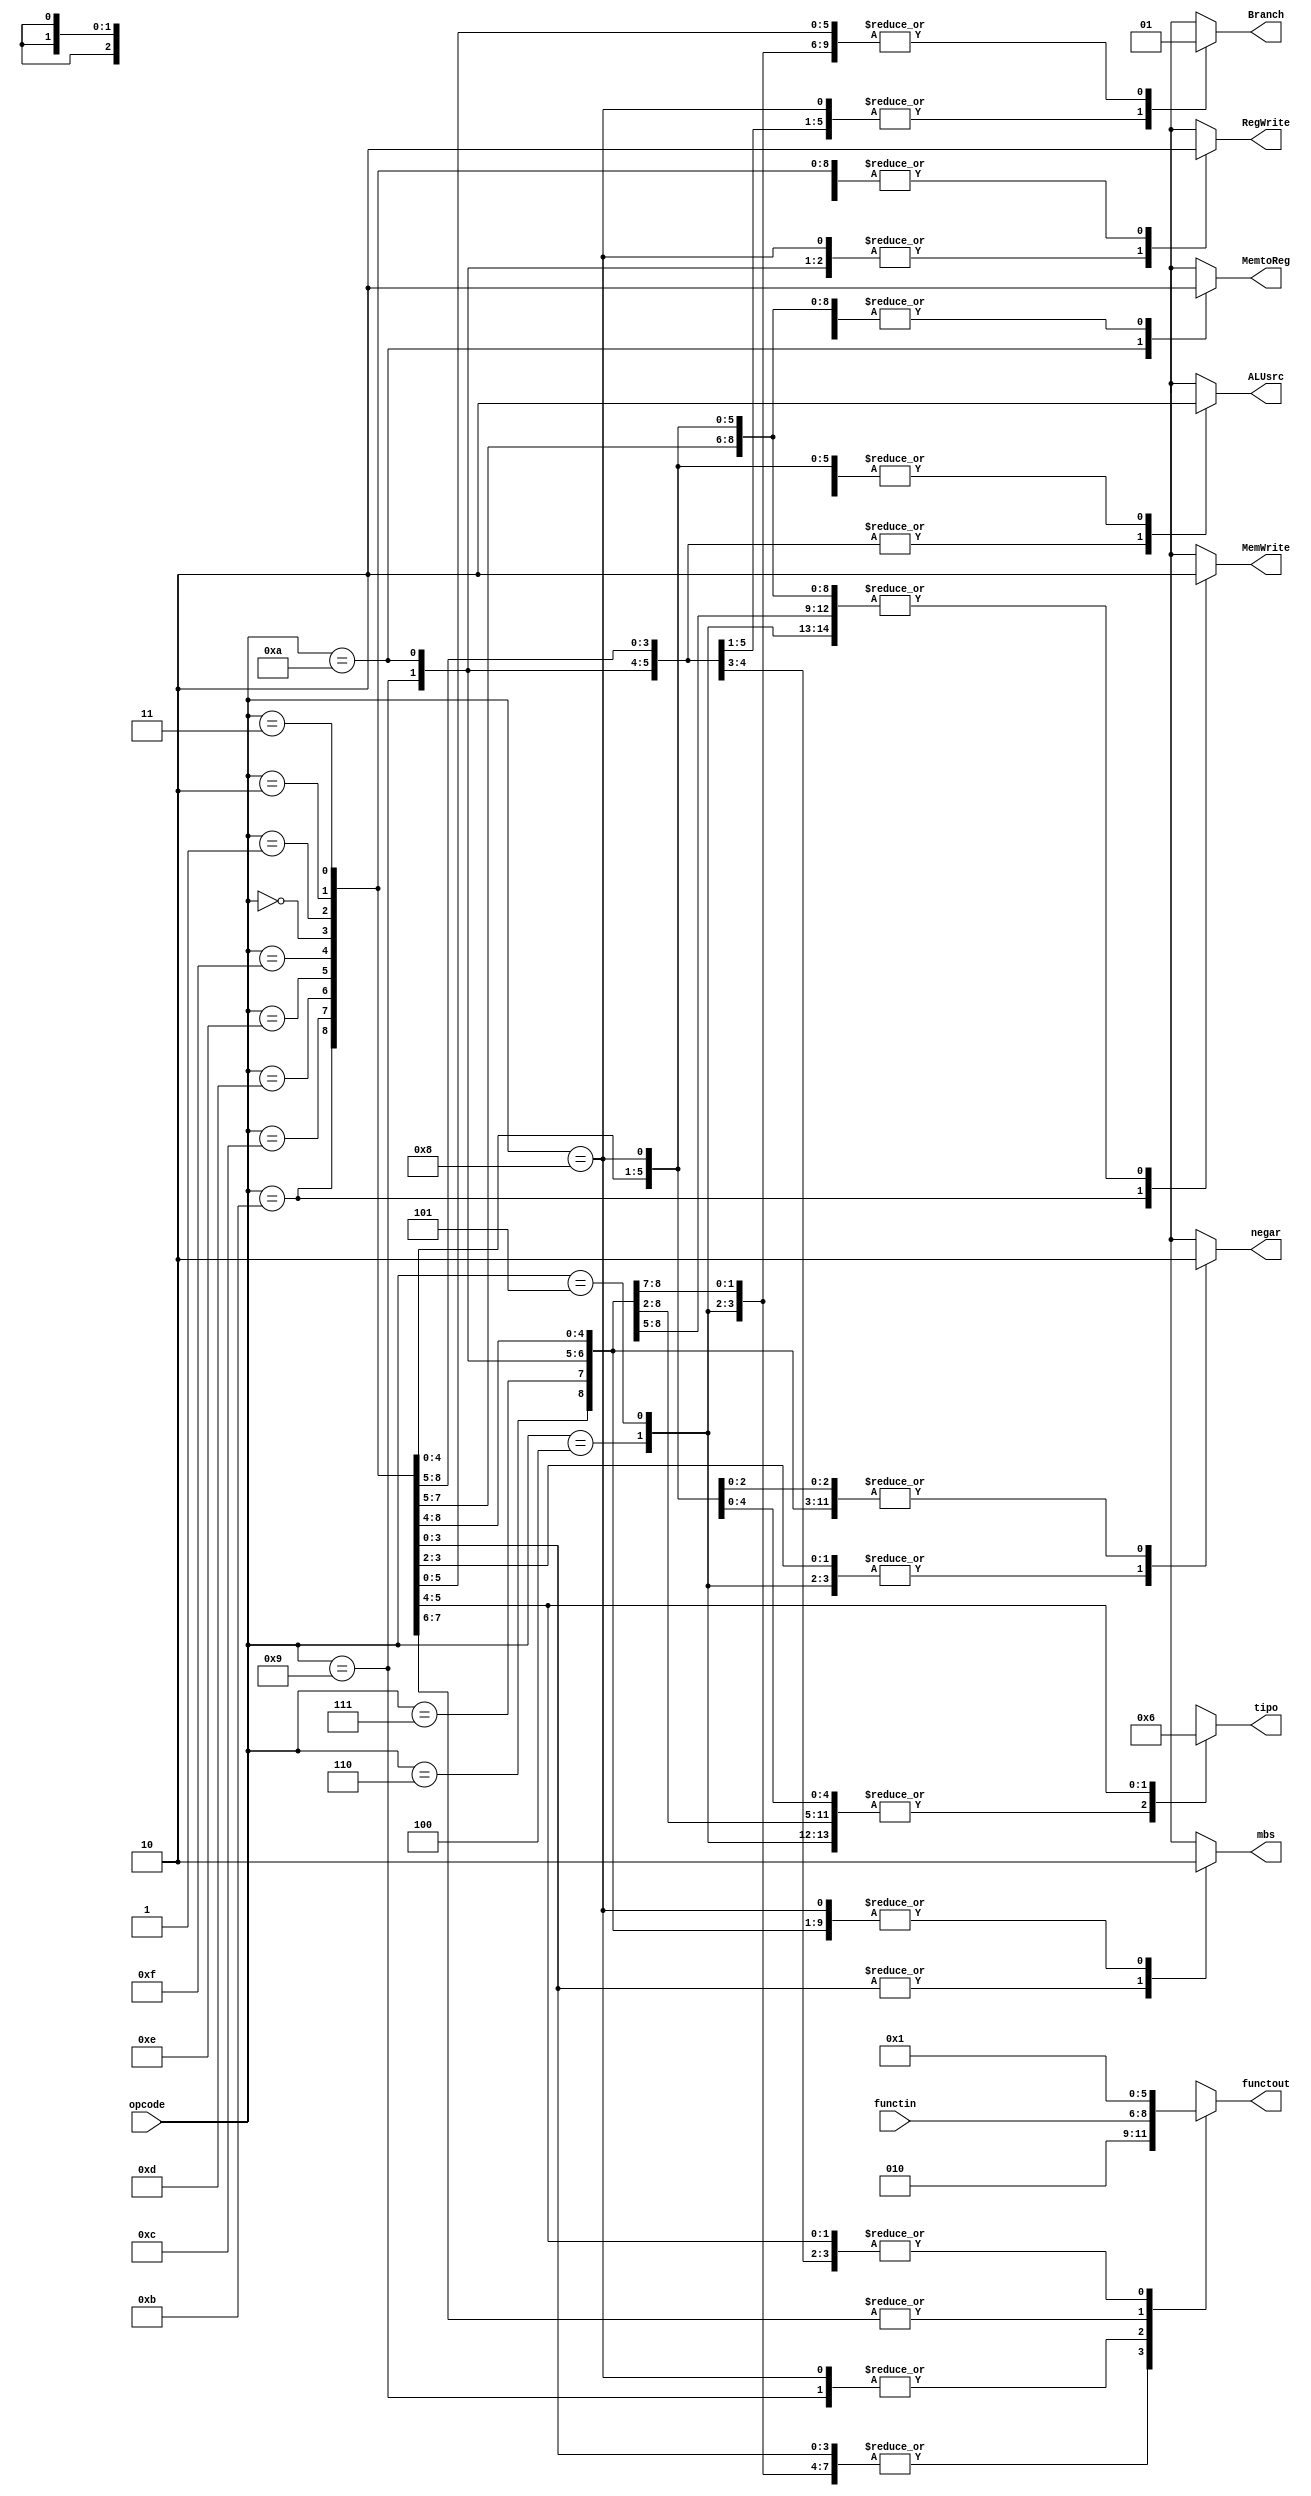
module decoder (mbs,negar,functout,RegWrite,MemtoReg,MemWrite,Branch,tipo,ALUsrc,opcode,functin);

input [2:0] functin;
input [3:0] opcode;
output reg RegWrite,MemtoReg,MemWrite,Branch,ALUsrc,mbs,negar;
output reg [2:0] functout;
output reg [1:0] tipo;

always @(opcode,functin)
begin
  case (opcode)
    4'b0000: begin
            RegWrite<=0;MemtoReg<=0;MemWrite<=0;Branch<=1;functout<=3'b010;tipo<=2'b00;ALUsrc<=0;mbs<=1;negar<=1;
          end
    4'b0001: begin
            RegWrite<=0;MemtoReg<=0;MemWrite<=0;Branch<=1;functout<=3'b010;tipo<=2'b00;ALUsrc<=0;mbs<=1;negar<=1;  
          end
    4'b0010: begin
            RegWrite<=0;MemtoReg<=0;MemWrite<=0;Branch<=1;functout<=3'b010;tipo<=2'b00;ALUsrc<=0;mbs<=1;negar<=0;  
          end
    4'b0011: begin
            RegWrite<=0;MemtoReg<=0;MemWrite<=0;Branch<=1;functout<=3'b010;tipo<=2'b00;ALUsrc<=0;mbs<=1;negar<=0;  
          end
    4'b0100: begin
            RegWrite<=0;MemtoReg<=0;MemWrite<=0;Branch<=1;functout<=3'b010;tipo<=2'b00;ALUsrc<=0;mbs<=0;negar<=1;
          end
    4'b0101: begin
            RegWrite<=0;MemtoReg<=0;MemWrite<=0;Branch<=1;functout<=3'b010;tipo<=2'b00;ALUsrc<=0;mbs<=0;negar<=1;
          end
    4'b0110: begin
            RegWrite<=0;MemtoReg<=0;MemWrite<=0;Branch<=1;functout<=3'b010;tipo<=2'b00;ALUsrc<=0;mbs<=0;negar<=0;
          end
    4'b0111: begin
            RegWrite<=0;MemtoReg<=0;MemWrite<=0;Branch<=1;functout<=3'b010;tipo<=2'b00;ALUsrc<=0;mbs<=0;negar<=0;
          end
    4'b1000: begin
            RegWrite<=1;MemtoReg<=0;MemWrite<=0;Branch<=0;functout<=functin;tipo<=2'b00;ALUsrc<=0;mbs<=0;negar<=0;
          end 
    4'b1001: begin
            RegWrite<=1;MemtoReg<=0;MemWrite<=0;Branch<=0;functout<=functin;tipo<=2'b00;ALUsrc<=1;mbs<=0;negar<=0;
          end
    4'b1010: begin
            RegWrite<=1;MemtoReg<=1;MemWrite<=0;Branch<=0;functout<=3'b001;tipo<=2'b00;ALUsrc<=1;mbs<=0;negar<=0;
          end
    4'b1011: begin
            RegWrite<=0;MemtoReg<=0;MemWrite<=1;Branch<=0;functout<=3'b001;tipo<=2'b00;ALUsrc<=1;mbs<=0;negar<=0;
          end
    4'b1100: begin
            RegWrite<=0;MemtoReg<=0;MemWrite<=0;Branch<=0;functout<=3'b000;tipo<=2'b00;ALUsrc<=1;mbs<=0;negar<=0;
          end
    4'b1101: begin
            RegWrite<=0;MemtoReg<=0;MemWrite<=0;Branch<=0;functout<=3'b000;tipo<=2'b00;ALUsrc<=1;mbs<=0;negar<=0;
          end
    4'b1110: begin
            RegWrite<=0;MemtoReg<=0;MemWrite<=0;Branch<=1;functout<=3'b001;tipo<=2'b01;ALUsrc<=1;mbs<=0;negar<=0; // ojo!!! suma inmediato a registro!
          end
    4'b1111: begin
            RegWrite<=0;MemtoReg<=0;MemWrite<=0;Branch<=1;functout<=3'b001;tipo<=2'b10;ALUsrc<=0;mbs<=0;negar<=0; // ojo!!! salta un inmediato directamente!
          end
  endcase    
end

endmodule
//  R-type    3   - 1 - 4  - 4  -   3   - 4  - 13
//(tipo 00)opcode - I - rd - rs - funct - rt - sin uso
//
//  I-type    3   - 1 - 4  - 4  -   3   - 17
//(tipo 00)opcode - I - rd - rs - funct - direccion/inmediato
//
//  X-type    3   - 1 - 4  - 4  - 20
//(tipo 01)opcode - I - rd - rs - direccion/inmediato
//
//  Y-type    3   - 1 - 4  - 24
//(tipo 10)opcode - I - rs - direccion/inmediato
//
//  J-type    3   - 1 - 28
//(tipo 11)opcode - I - direccion/inmediato
//
//
//    tabla asignacion opcode:                            tabla asignacin funct:
//      000 bgt                                             000 zero=1
//      001 blt                                             001 add
//      010 bne                                             010 sub
//      011 beq                                             011 and
//      100 operaciones aritmtico-logicas                  100 or
//      101 lw/sw                                           101 not
//      110 nop                                             110 xor
//      111 jump                                            111 ---
//    
//  el bit "I" (4 bit) diferencia si es operacion inmediata de no inmediata salvo para lw/sw 
//  que identifica precisamente si es lw o sw. 
//  
//  Por defecto I<=0-->no inmediato/lw, I<=1-->inmediato/sw


//
//opcode-I

//   000-?  --> bgt   : RegWrite<=0;MemtoReg<=0;MemWrite<=0;Branch<=1;funct<=010;tipo<=01;ALUsrc<=0;mbs=1;negar=1;  posible selector zero/mbs-->si mbs=0 salta! (AND con Branch)
//   001-?  --> blt   : RegWrite<=0;MemtoReg<=0;MemWrite<=0;Branch<=1;funct<=010;tipo<=01;ALUsrc<=0;mbs=1;negar=0;  posible selector zero/mbs-->si mbs=1 salta! (AND con Branch)
//   010-?  --> bne   : RegWrite<=0;MemtoReg<=0;MemWrite<=0;Branch<=1;funct<=010;tipo<=01;ALUsrc<=0;mbs=0;negar=1;  si zero=0 salta! (AND con Branch)
//   011-?  --> beq   : RegWrite<=0;MemtoReg<=0;MemWrite<=0;Branch<=1;funct<=010;tipo<=01;ALUsrc<=0;mbs=0;negar=0;  si zero=1 salta! (AND con Branch)
//   100-0  --> OAL   : RegWrite<=1;MemtoReg<=0;MemWrite<=0;Branch<=0;funct<=???;tipo<=00;ALUsrc<=0;mbs=0;negar=0;
//   100-1  --> OAL(I): RegWrite<=1;MemtoReg<=0;MemWrite<=0;Branch<=0;funct<=???;tipo<=00;ALUsrc<=1;mbs=0;negar=0;  !!!ojo!!!->hay ke poner un selector para la posicin de funct segn el bit I
//   101-0  --> lw    : RegWrite<=1;MemtoReg<=1;MemWrite<=0;Branch<=0;funct<=001;tipo<=01;ALUsrc<=1;mbs=0;negar=0;
//   101-1  --> sw    : RegWrite<=0;MemtoReg<=0;MemWrite<=1;Branch<=0;funct<=001;tipo<=01;ALUsrc<=1;mbs=0;negar=0;
//   110-?  --> nop   : RegWrite<=0;MemtoReg<=0;MemWrite<=0;Branch<=0;funct<=000;tipo<=00;ALUsrc<=1;mbs=0;negar=0;
//   111-0  --> jump  : RegWrite<=0;MemtoReg<=0;MemWrite<=0;Branch<=1;funct<=001;tipo<=10;ALUsrc<=1;mbs=0;negar=0;
//   111-1  --> jump  : RegWrite<=0;MemtoReg<=0;MemWrite<=0;Branch<=1;funct<=001;tipo<=11;ALUsrc<=0;mbs=0;negar=0;
//   ****revisar comportamiento de jump, porque es distinta a todas, posible implementacin 
//       utilizando func


//  IF - ID - EX - Mem - WB


//    Significado de las seales de control(la mayora son seales de control de un multiplexador):
//
//    RegWrite --> activa la entrada write del banco de registros
//    MemtoReg --> indica si la salida de la orden proviene de la ALU(0) o de memoria(1)
//    MemWrite --> activa la entrada write de la memoria de datos
//    Branch   --> indica si la orden es un salto(1) o no(0)
//    funct    --> indica a la ALU la operacin a efectuar
//    tipo     --> indica el tipo de inmediato, si es de 20 bits(0) o 28 bits(1)
//    ALUsrc   --> indica si la operacin es sobre un registro(0) o un inmediato(1)[en el caso de jump indica si se direcciona a inm+reg(1) o slo a inm(0)]